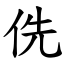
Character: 侁